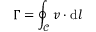
\Gamma = \oint _ { \mathcal { C } } \boldsymbol { v } \cdot \mathrm { d } \boldsymbol { l }